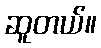
ဆူတယ်။